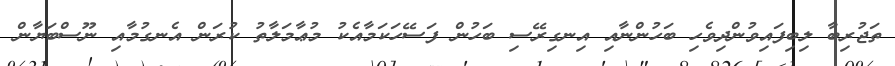
ތަޖުރިބާ ލިބިފައިވުންދިވެހި ބަހުންނާއި އިނގިރޭސި ބަހުން ފަސޭހަކަމާއެކު މުޢާމަލާތު ކުރަން އެނގުމާއި ނޫސްބަޔާން